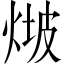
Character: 𤊫